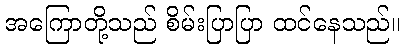
အကြောတို့သည် စိမ်းပြာပြာ ထင်နေသည်။